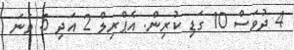
4 ދުވަސް 10 ގަޑި ކުރިން. އެޕްރިލް 2 އަދި 5 ވަނަ